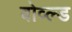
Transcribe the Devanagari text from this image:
बोव्ल्ड